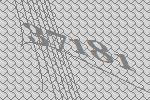
37181